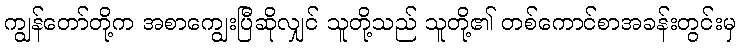
ကျွန်တော်တို့က အစာကျွေးပြီဆိုလျှင် သူတို့သည် သူတို့၏ တစ်ကောင်စာအခန်းတွင်းမှ